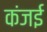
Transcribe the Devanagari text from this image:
कंजई